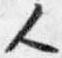
人